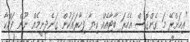
"އިހަށްރޭ މަ ގެންގޮސް އެހެރަ ބާޓާއެއް ކިޔާ ފިހާރައަކުން ގަނެދިނީމެއް ނޫން ފައްކާ